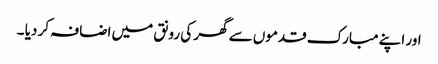
اور اپنے مبارک قدموں سے گھر کی رونق میں اضافہ کر دیا ۔